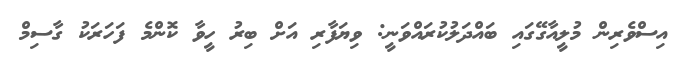
އިސްވެރިން މުލީއާގޭގައި ބައްދަލުކުރައްވަނީ: ވިޔަފާރި އަށް ބިރު ހީވާ ކޮންމެ ފަހަރަކު ގާސިމް